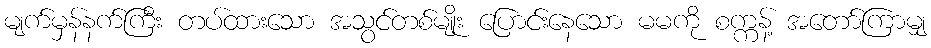
မျက်မှန်နက်ကြီး တပ်ထားသော အသွင်တစ်မျိုး ပြောင်းနေသော မမကို စက္ကန့် အတော်ကြာမျှ